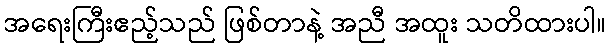
အရေးကြီးဧည့်သည် ဖြစ်တာနဲ့ အညီ အထူး သတိထားပါ။